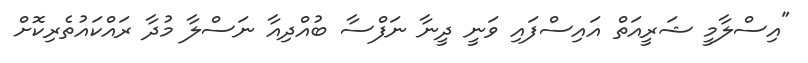
"އިސްލާމީ ޝަރީއަތް އައިސްފައި ވަނީ ދީނާ ނަފްސާ ބުއްދިއާ ނަސްލާ މުދާ ރައްކައުތެރިކޮށް